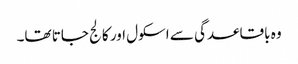
وہ باقاعدگی سے اسکول اور کالج جاتا تھا۔